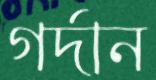
গর্দান